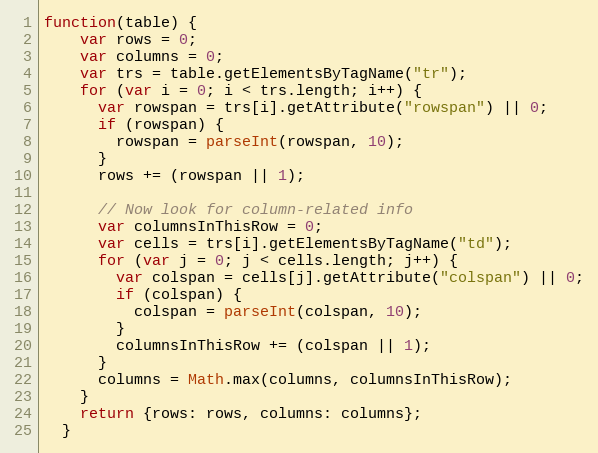
Language: JavaScript
function(table) {
    var rows = 0;
    var columns = 0;
    var trs = table.getElementsByTagName("tr");
    for (var i = 0; i < trs.length; i++) {
      var rowspan = trs[i].getAttribute("rowspan") || 0;
      if (rowspan) {
        rowspan = parseInt(rowspan, 10);
      }
      rows += (rowspan || 1);

      // Now look for column-related info
      var columnsInThisRow = 0;
      var cells = trs[i].getElementsByTagName("td");
      for (var j = 0; j < cells.length; j++) {
        var colspan = cells[j].getAttribute("colspan") || 0;
        if (colspan) {
          colspan = parseInt(colspan, 10);
        }
        columnsInThisRow += (colspan || 1);
      }
      columns = Math.max(columns, columnsInThisRow);
    }
    return {rows: rows, columns: columns};
  }